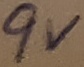
Text: 9V